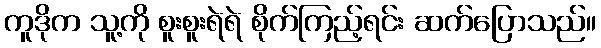
ကူဒိုက သူ့ကို စူးစူးရဲရဲ စိုက်ကြည့်ရင်း ဆက်ပြောသည်။